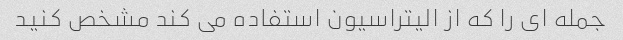
جمله ای را که از الیتراسیون استفاده می کند مشخص کنید